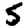
Digit: 5